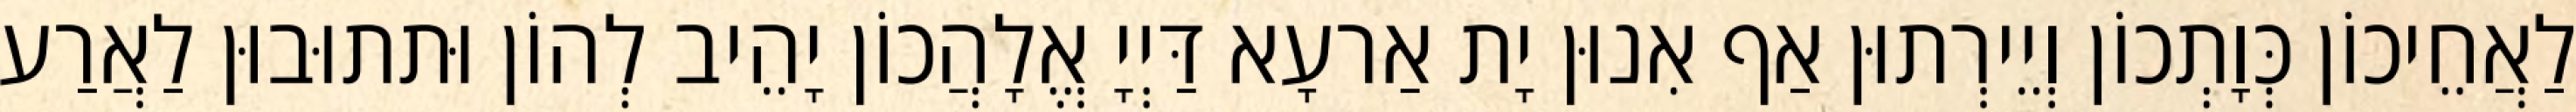
לַאֲחֵיכוֹן כְּוָתְכוֹן וְיֵירְתוּן אַף אִנוּן יָת אַרעָא דַּיְיָ אֱלָהֲכוֹן יָהֵיב לְהוֹן וּתתוּבוּן לַאֲרַע